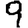
Digit: 9